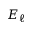
E _ { \ell }